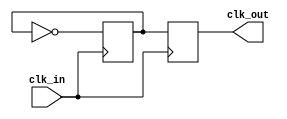
module clk_divider (
    input wire clk_in,
    output reg clk_out
);

    reg toggle = 0;

    always @(posedge clk_in) begin
        toggle <= ~toggle;
        clk_out <= toggle;
    end

endmodule